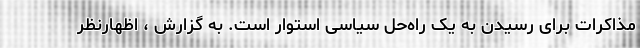
مذاکرات برای رسیدن به یک راه‌حل سیاسی استوار است. به گزارش ، اظهارنظر